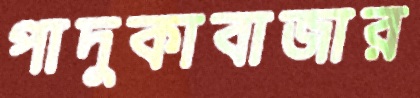
পাদুকাবাজার